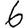
Digit: 6